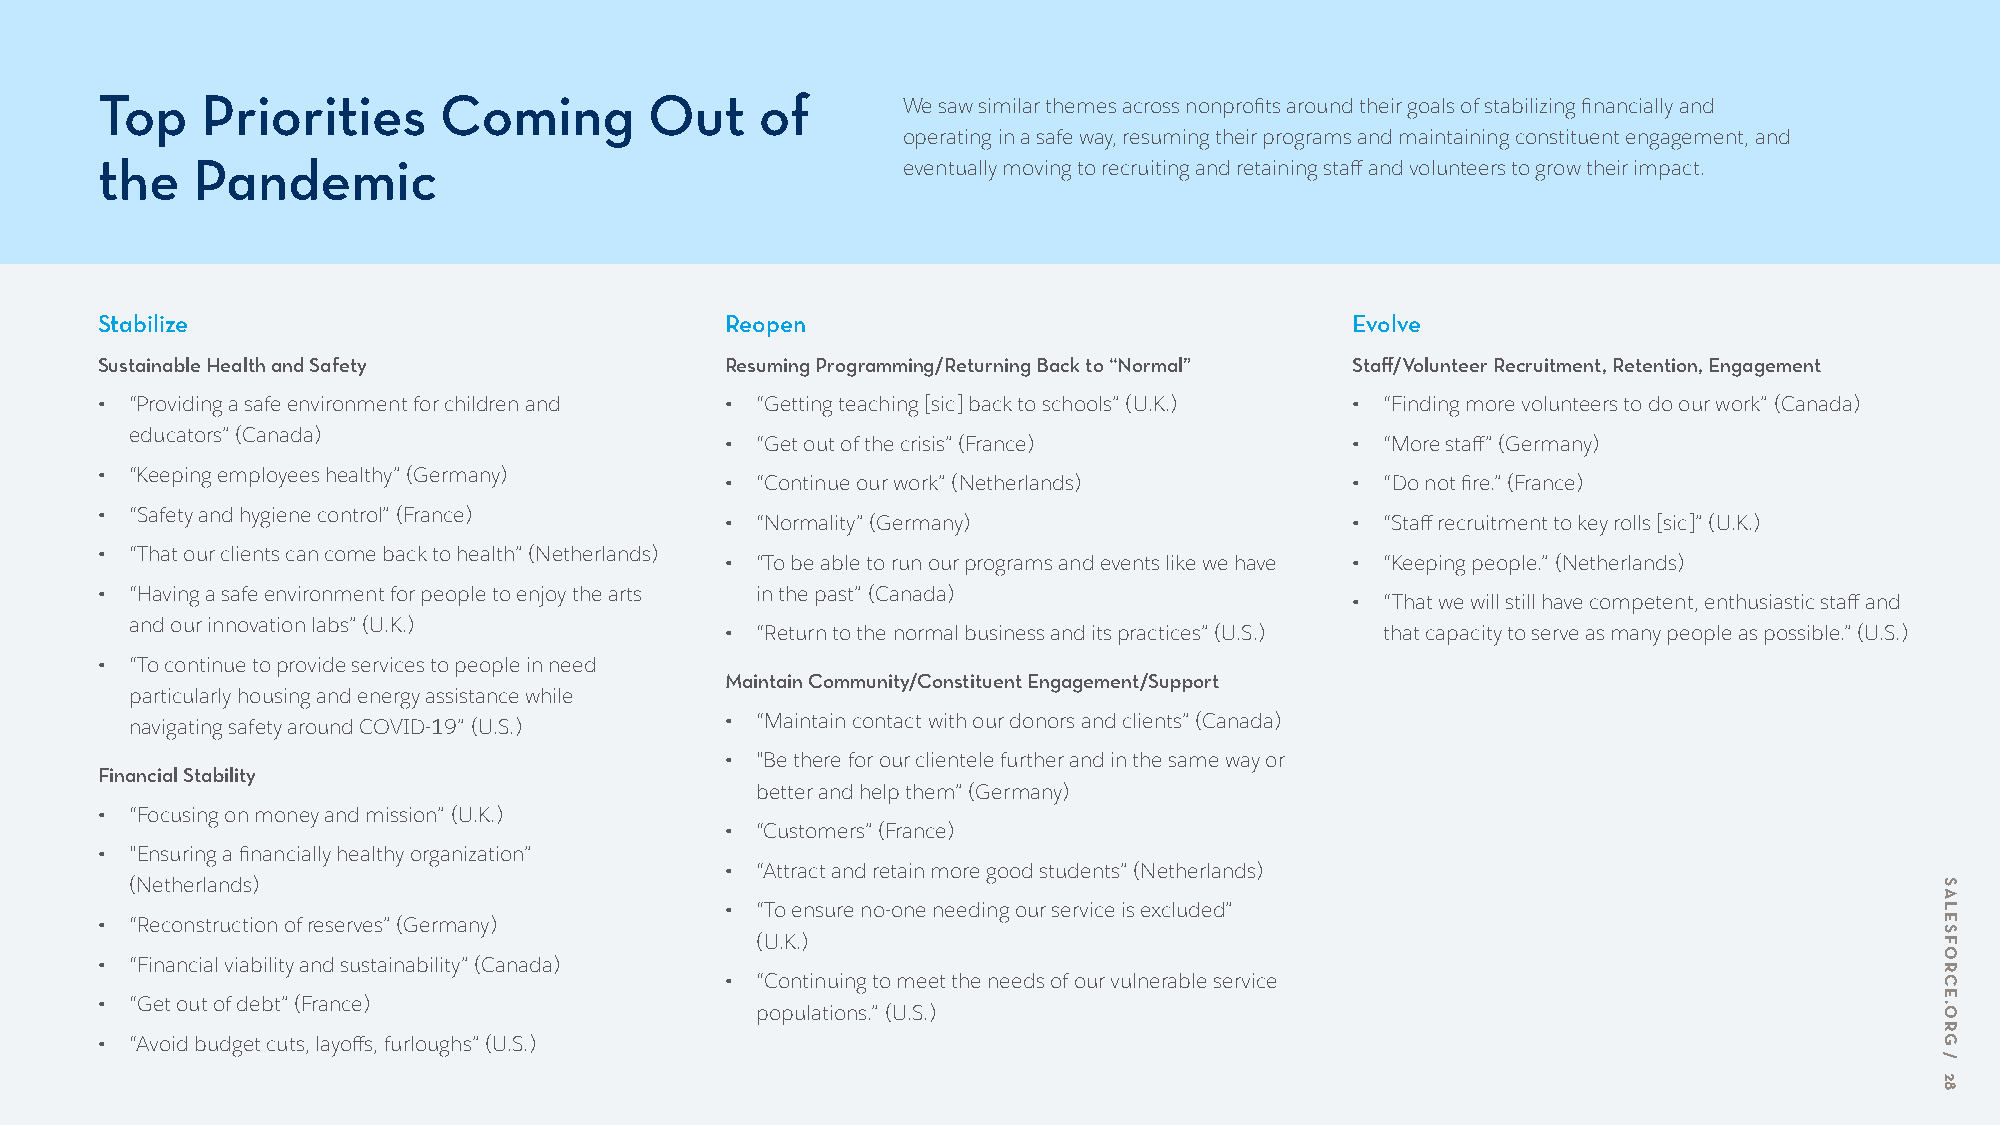
Top    Priorities      Coming        Out    of        We saw similar themes across nonprofits around their goals of stabilizing financially and
 operating in a safe way, resuming their programs and maintaining constituent engagement, and
 the    Pandemic                                       eventually moving to recruiting and retaining staff and volunteers to grow their impact.
 Stabilize                                 Reopen                                    Evolve
 Sustainable Health and Safety             Resuming Programming/Returning Back to “Normal” Staff/Volunteer Recruitment, Retention, Engagement
 •  “Providing a safe environment for children and • “Getting teaching [sic] back to schools” (U.K.) • “Finding more volunteers to do our work” (Canada)
 educators” (Canada)
 • “Get out of the crisis” (France)        • “More staff” (Germany)
 •  “Keeping employees healthy” (Germany)
 • “Continue our work” (Netherlands)       • “Do not fire.” (France)
 •  “Safety and hygiene control” (France)
 • “Normality” (Germany)                   • “Staff recruitment to key rolls [sic]” (U.K.)
 •  “That our clients can come back to health” (Netherlands)
 • “To be able to run our programs and events like we have • “Keeping people.” (Netherlands)
 •  “Having a safe environment for people to enjoy the arts in the past” (Canada)
 • “That we will still have competent, enthusiastic staff and
 and our innovation labs” (U.K.)
 • “Return to the normal business and its practices” (U.S.) that capacity to serve as many people as possible.” (U.S.)
 •  “To continue to provide services to people in need
 Maintain Community/Constituent Engagement/Support
 particularly housing and energy assistance while
 navigating safety around COVID-19” (U.S.) • “Maintain contact with our donors and clients” (Canada)
 • "Be there for our clientele further and in the same way or
 Financial Stability
 better and help them” (Germany)
 •  “Focusing on money and mission” (U.K.)
 • “Customers” (France)
 •  "Ensuring a financially healthy organization”
 • “Attract and retain more good students” (Netherlands)
 (Netherlands)
 • “To ensure no-one needing our service is excluded”
 •  “Reconstruction of reserves” (Germany)
 (U.K.)
 •  “Financial viability and sustainability” (Canada)
 • “Continuing to meet the needs of our vulnerable service
 •  “Get out of debt” (France)
 populations.” (U.S.)
 •  “Avoid budget cuts, layoffs, furloughs” (U.S.)
 SALESFORCE.ORG
 /
 28